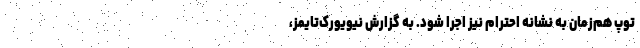
توپ هم‌زمان به نشانه احترام نیز اجرا شود. به گزارش نیویورک‌تایمز،